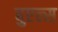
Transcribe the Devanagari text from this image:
बुएल्स